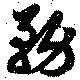
務